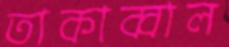
তাকাব্বাল